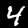
Label: 4